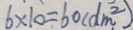
6 \times 1 0 = 6 0 ( d m ^ { 2 } )